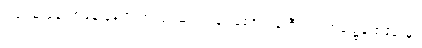
ဒါပေမဲ့ နောက်နေ့ နံနက် အလုပ်ဆင်းရန် လူစစ်တန်းစီသည့်အခါ၌မူ စခန်းမှူး